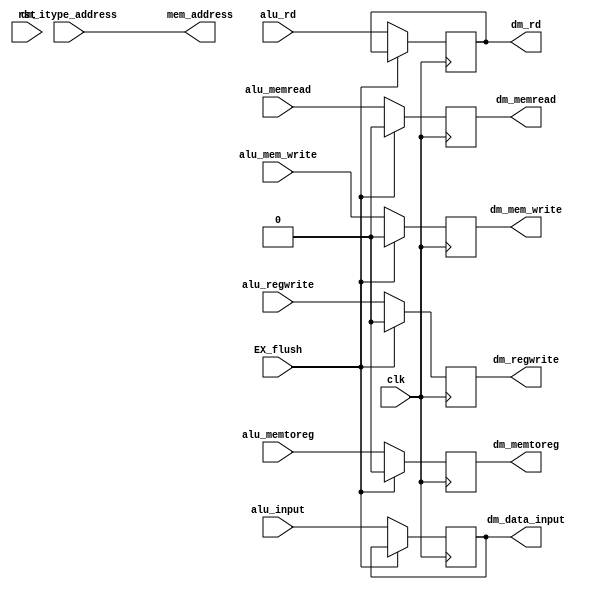
//temporary register between alu and data memory
module EX_MEM_Reg#(parameter ad_size=32,d_size=32)(
  input clk,rst,
  input EX_flush,
  input [4:0] alu_rd,
  
  input alu_regwrite,alu_memtoreg,alu_mem_write,alu_memread,
  input [ad_size-1:0] dm_itype_address,
  input [d_size-1:0] alu_input,
  
  output reg [d_size-1:0] dm_data_input,
  output reg [ad_size-1:0] mem_address,
  output reg dm_regwrite,dm_memtoreg,dm_mem_write,dm_memread,
  output reg [4:0] dm_rd

);
  //excessive transfering of signals  as data from behnid ends here but from here new data starts

  always@(posedge clk)
    begin
      if(EX_flush==1'b1)
        begin
           dm_regwrite = 1'b0;
           dm_memtoreg = 1'b0;
           dm_mem_write = 1'b0;
           dm_memread = 1'b0;
        end
      else
        begin
           dm_regwrite = alu_regwrite;
           dm_memtoreg = alu_memtoreg;
           dm_mem_write = alu_mem_write;
           dm_memread = alu_memread;
           dm_rd=alu_rd;
           dm_data_input=alu_input;
        end
    end
always@*
  begin
     mem_address=dm_itype_address;
  end
endmodule